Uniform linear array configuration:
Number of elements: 8
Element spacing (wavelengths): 0.25
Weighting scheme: cosine
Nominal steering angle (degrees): -15
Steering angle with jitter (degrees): -16.889
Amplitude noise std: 0.05
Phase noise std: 0.05

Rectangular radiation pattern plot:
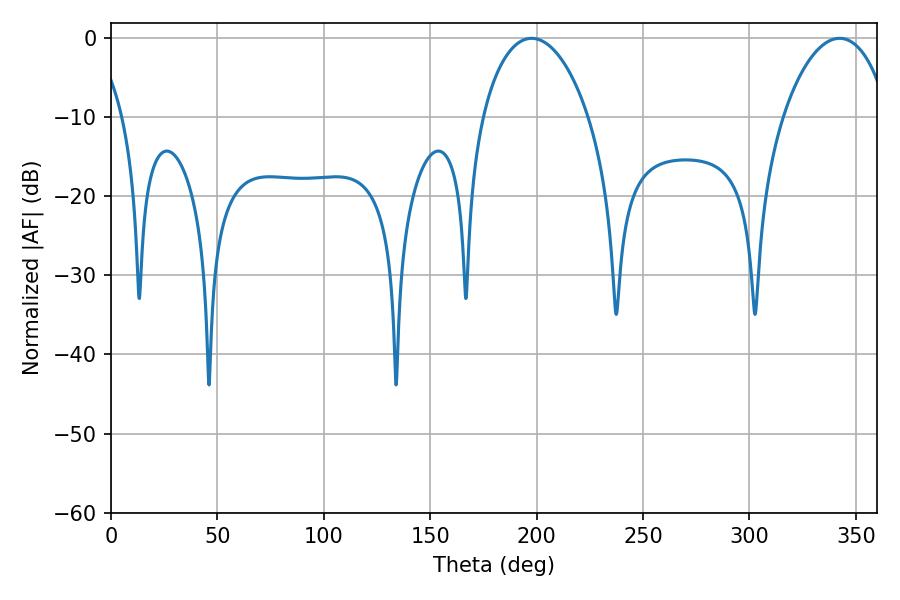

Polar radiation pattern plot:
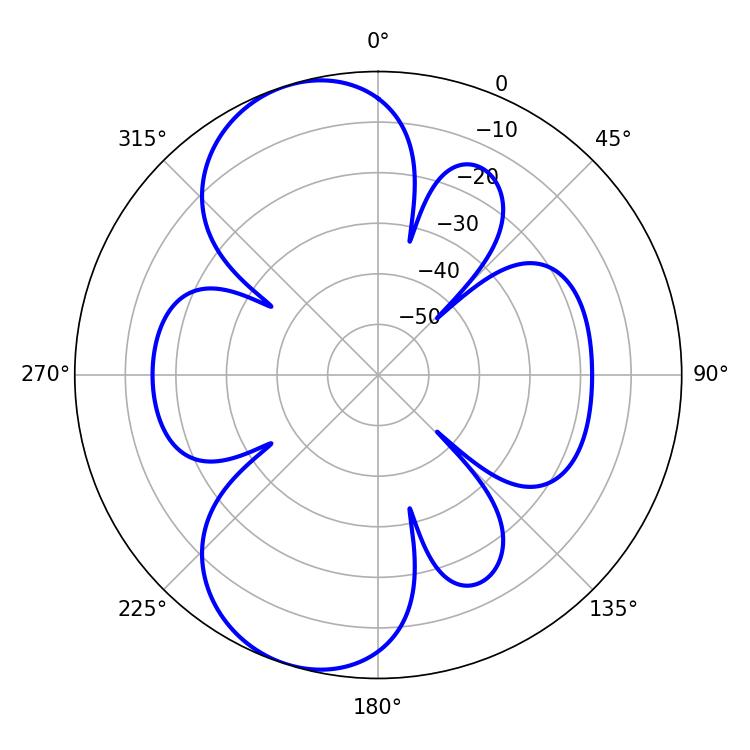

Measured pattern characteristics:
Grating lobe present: FALSE
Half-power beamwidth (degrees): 28.26
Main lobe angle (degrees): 197.64